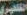
التكفيري